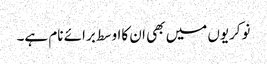
نوکریوں میں بھی ان کااوسط برائے نام ہے۔